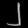
Digit: ၂